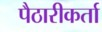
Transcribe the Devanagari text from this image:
पैठारीकर्ता